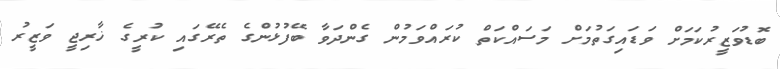
ބޮޑުވަޒީރުކަމަށް ވަޑައިގަތުމަށް މަސައްކަތް ކުރައްވަމުން ގެންދަވާ ބޭފުޅުންގެ ތެރޭގައި ކުރީގެ ޚާރިޖީ ވަޒީރު